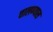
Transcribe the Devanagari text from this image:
चालण्यास